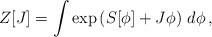
LaTeX: \begin{align*}Z[J] = \int\exp\left(S[\phi]+J\phi\right)\,d\phi \,,\end{align*}